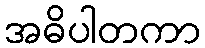
အဓိပါတကာ